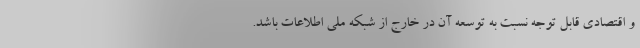
و اقتصادی قابل توجه نسبت به توسعه آن در خارج از شبکه ملی اطلاعات باشد.